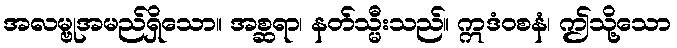
အလမ္ဗုအမည်ရှိသော။ အစ္ဆရာ၊ နတ်သ္မီးသည်။ ဣဒံဝစနံ၊ ဤသို့သော